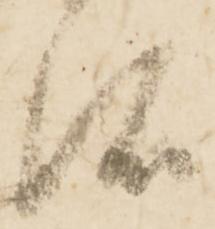
所